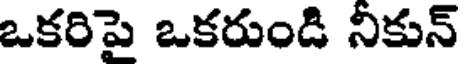
ఒకరిపై ఒకరుండి నికున్